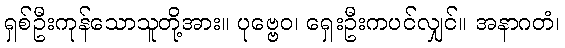
ရှစ်ဦးကုန်သောသူတို့အား။ ပုဗ္ဗေဝ၊ ရှေးဦးကပင်လျှင်။ အနာဂတံ၊